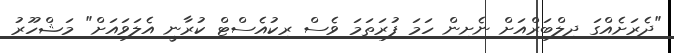
"ދެރަށެއްގަ ދިލްބަރްއަށް ނެށިން ހަމަ ފުރަތަމަ ވެސް ރިކުއެސްޓް ކުރާނީ އެލަވައަށް" މަޝްހޫރު